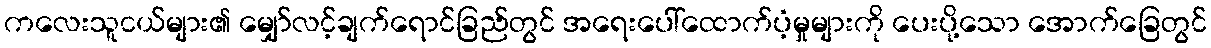
ကလေးသူငယ်များ၏ မျှော်လင့်ချက်ရောင်ခြည်တွင် အရေးပေါ်ထောက်ပံ့မှုများကို ပေးပို့သော အောက်ခြေတွင်